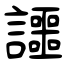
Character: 讍